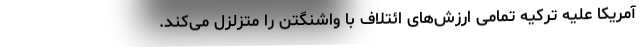
آمریکا علیه ترکیه تمامی ارزش‌های ائتلاف با واشنگتن را متزلزل می‌کند.